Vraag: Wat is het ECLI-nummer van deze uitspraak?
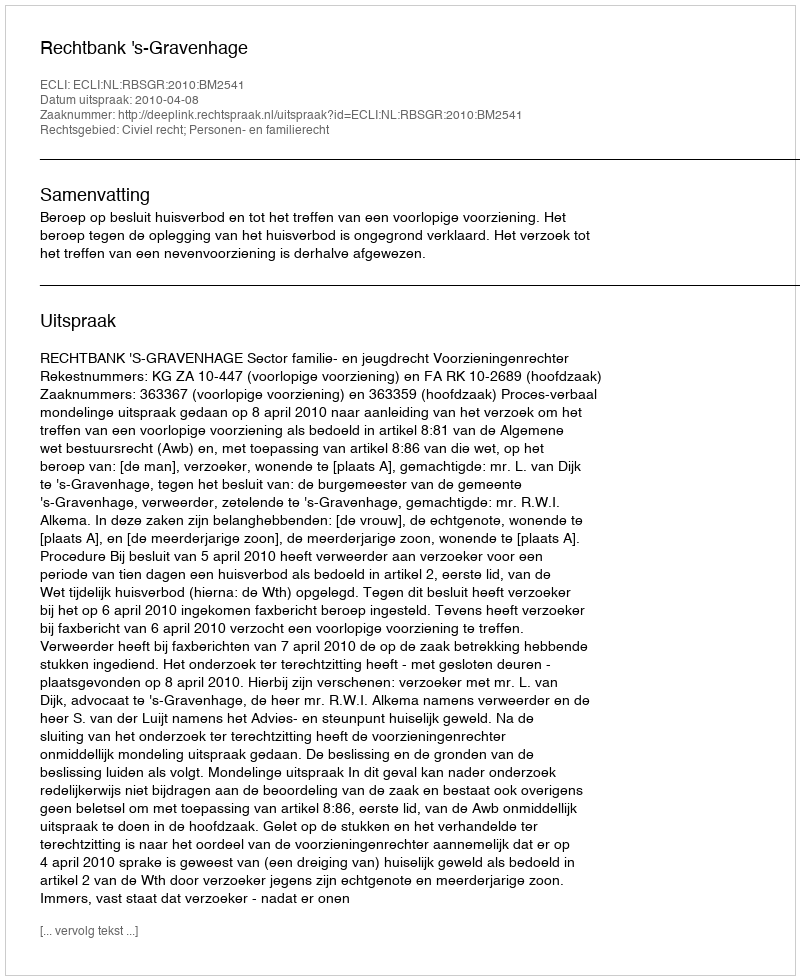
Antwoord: ECLI:NL:RBSGR:2010:BM2541